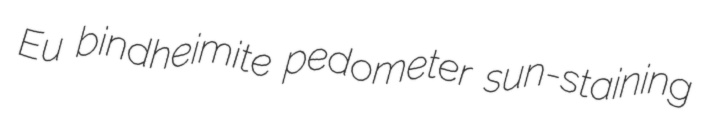
Eu bindheimite pedometer sun-staining